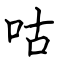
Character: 咕